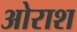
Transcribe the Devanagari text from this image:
ओराश